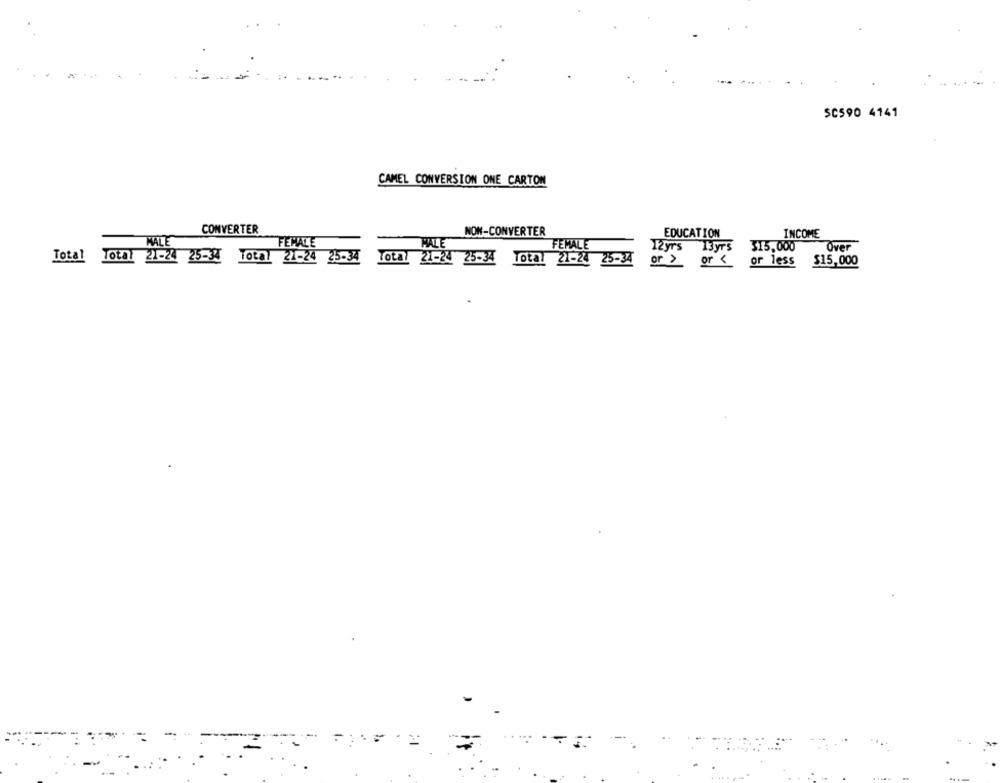
SC590 4141
CAMEL CONVERSION ONE CARTON
CONVERTER
NON-CONVERTER
EDUCATION
INCOME
MALE
FEMALE
HALE
FEMALE
12yrs 13yrs
315,000
Over
Total
Total 21-24 25-34 Total 21-24 25-34
Total 21-24 25-34 Total 21-24 25-34
or > or <
or less
$15,000